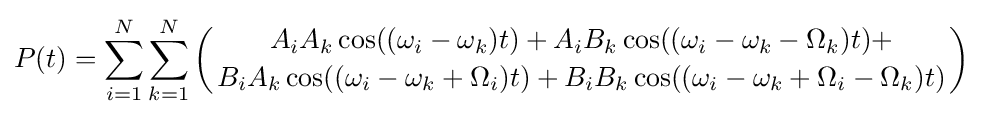
P(t)=\sum _{i=1}^{N}\sum _{k=1}^{N}\left({A_{i}A_{k}\cos((\omega _{i}-\omega _{k})t)+A_{i}B_{k}\cos((\omega _{i}-\omega _{k}-\Omega _{k})t)+ \atop B_{i}A_{k}\cos((\omega _{i}-\omega _{k}+\Omega _{i})t)+B_{i}B_{k}\cos((\omega _{i}-\omega _{k}+\Omega _{i}-\Omega _{k})t)}\right)